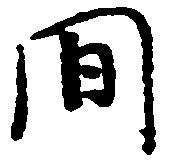
間